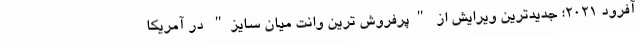
آفرود 2021؛ جدیدترین ویرایش از "پرفروش ترین وانت میان سایز" در آمریکا